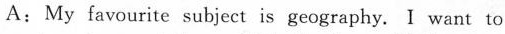
A:My favourite subject is geography. I want to